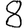
Digit: 8